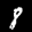
Label: 8